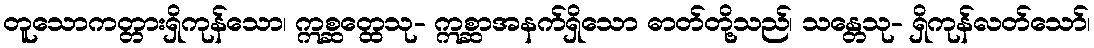
တူသောကတ္တားရှိကုန်သော၊ ဣစ္ဆတ္ထေသု- ဣစ္ဆာအနက်ရှိသော ဓာတ်တို့သည်၊ သန္တေသု- ရှိကုန်လတ်သော်၊